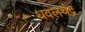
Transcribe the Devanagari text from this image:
धवलचंद्र